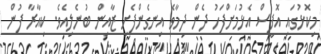
މިކޮޅުގައި އޮފީސް އެޅުމަށްފަހު ދެން ދިމާވެ އިނގެންފެށި ޒާއިން ބުނެލިއެވެ. ކިއާރާ ފުން